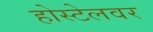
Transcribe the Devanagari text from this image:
होस्टेलवर